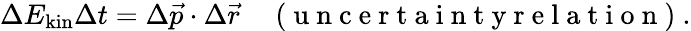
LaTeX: {\Delta E_{\mathrm{kin}}}{\Delta t}={\Delta}\vec{p}\cdot{\Delta\vec{r}}\enspace\enspace\mathrm{~(~u~n~c~e~r~t~a~i~n~t~y~r~e~l~a~t~i~o~n~)~}.